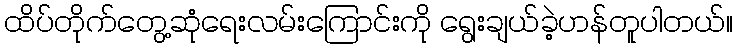
ထိပ်တိုက်တွေ့ဆုံရေးလမ်းကြောင်းကို ရွေးချယ်ခဲ့ဟန်တူပါတယ်။